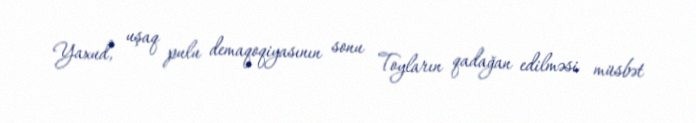
Yaxud, uşaq pulu demaqoqiyasının sonu Toyların qadağan edilməsi müsbət